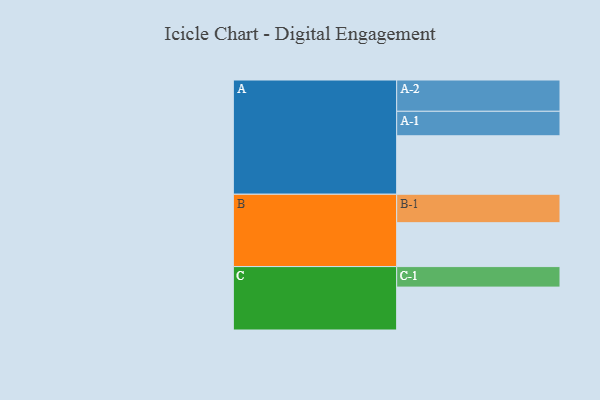
{"axis": {"x": "Segment", "y": "Value"}, "legend": ["", "A", "B", "C"], "data": [{"x": "A", "y": 413, "type": ""}, {"x": "B", "y": 310, "type": ""}, {"x": "C", "y": 303, "type": ""}, {"x": "A-1", "y": 173, "type": "A"}, {"x": "A-2", "y": 221, "type": "A"}, {"x": "B-1", "y": 201, "type": "B"}, {"x": "C-1", "y": 145, "type": "C"}]}